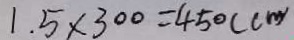
1 . 5 \times 3 0 0 = 4 5 0 ( c m )